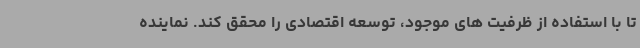
تا با استفاده از ظرفیت های موجود، توسعه اقتصادی را محقق کند. نماینده